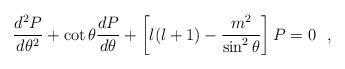
LaTeX: \begin{align*}\frac{d^2P}{d\theta^2} + \cot \theta \frac{dP}{d\theta}+\left[l(l+1)-\frac{m^2}{\sin^2 \theta}\right]P = 0~~,\end{align*}